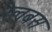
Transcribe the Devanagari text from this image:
रेलबस